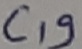
Text: C19